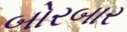
બોરબાર